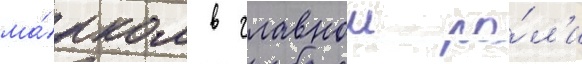
ма́рком в главнои ро́л'и